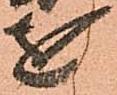
を